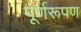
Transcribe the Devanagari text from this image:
पूर्णरूपण